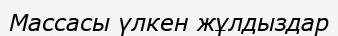
Массасы үлкен жұлдыздар